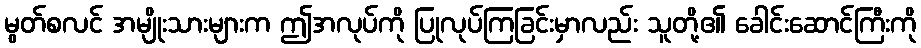
မွတ်စလင် အမျိုးသားများက ဤအလုပ်ကို ပြုလုပ်ကြခြင်းမှာလည်း သူတို့၏ ခေါင်းဆောင်ကြီးကို